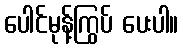
ပေါင်မုန့်ကြွပ် ပေးပါ။